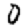
Digit: 0